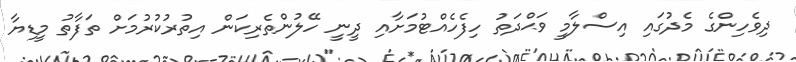
ދިވެހިންގެ މެދުގައި އިސްލާމީ ވަޙްދަތު ހިފެހެއްޓުމަށާއި ދީނީ ހޭލުންތެރިކަން އިތުރުކުރުމަށް ތަފާތު މީޑިޔާ